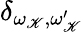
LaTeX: \delta_{\omega_{\mathscr{K}},\omega_{\mathscr{K}}^{\prime}}